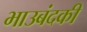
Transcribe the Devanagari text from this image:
भाउबंदकी